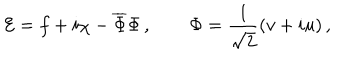
{ \cal E } = f + i \chi - \overline { { { \Phi } } } \Phi \, , \qquad \Phi = \frac { 1 } { \sqrt { 2 } } ( v + i u ) \, ,